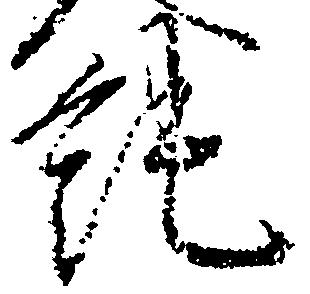
純